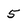
Character: 5